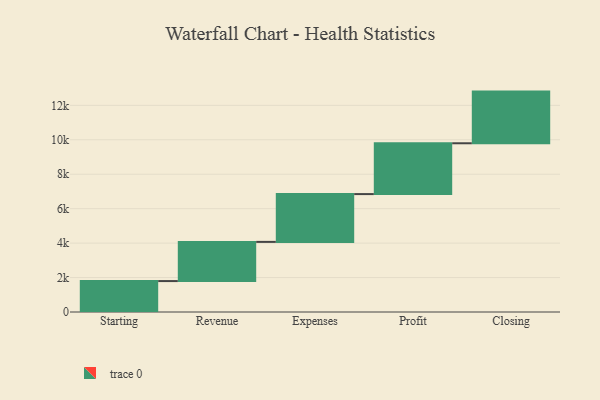
{"axis": {"x": "Step", "y": "Value"}, "legend": [""], "data": [{"x": "Starting", "y": 1796.0, "type": ""}, {"x": "Revenue", "y": 2275.0, "type": ""}, {"x": "Expenses", "y": 2775.0, "type": ""}, {"x": "Profit", "y": 2951.0, "type": ""}, {"x": "Closing", "y": 3000, "type": ""}]}